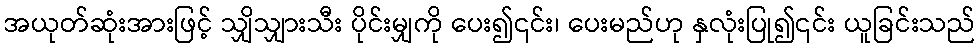
အယုတ်ဆုံးအားဖြင့် သျှိသျှားသီး ပိုင်းမျှကို ပေး၍၎င်း၊ ပေးမည်ဟု နှလုံးပြု၍၎င်း ယူခြင်းသည်